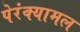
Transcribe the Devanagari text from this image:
पेरंक्यामल